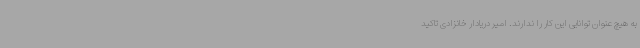
به هیچ عنوان توانایی این کار را ندارند. امیر دریادار خانزادی تاکید